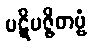
ပဋိပဇ္ဇိတဗ္ဗံ